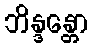
ဘိန္ဒန္တော